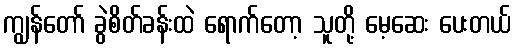
ကျွန်တော် ခွဲစိတ်ခန်းထဲ ရောက်တော့ သူတို့ မေ့ဆေး ပေးတယ်